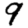
Digit: 9